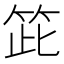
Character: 𥬳